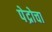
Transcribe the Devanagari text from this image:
पेद्रोचा